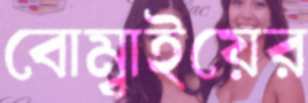
বোম্বাইয়ের